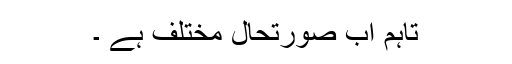
تاہم اب صورتحال مختلف ہے ۔